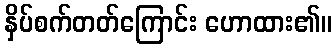
နှိပ်စက်တတ်ကြောင်း ဟောထား၏။